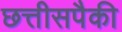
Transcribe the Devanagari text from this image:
छत्तीसपैकी